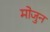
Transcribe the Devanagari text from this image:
मोजुन